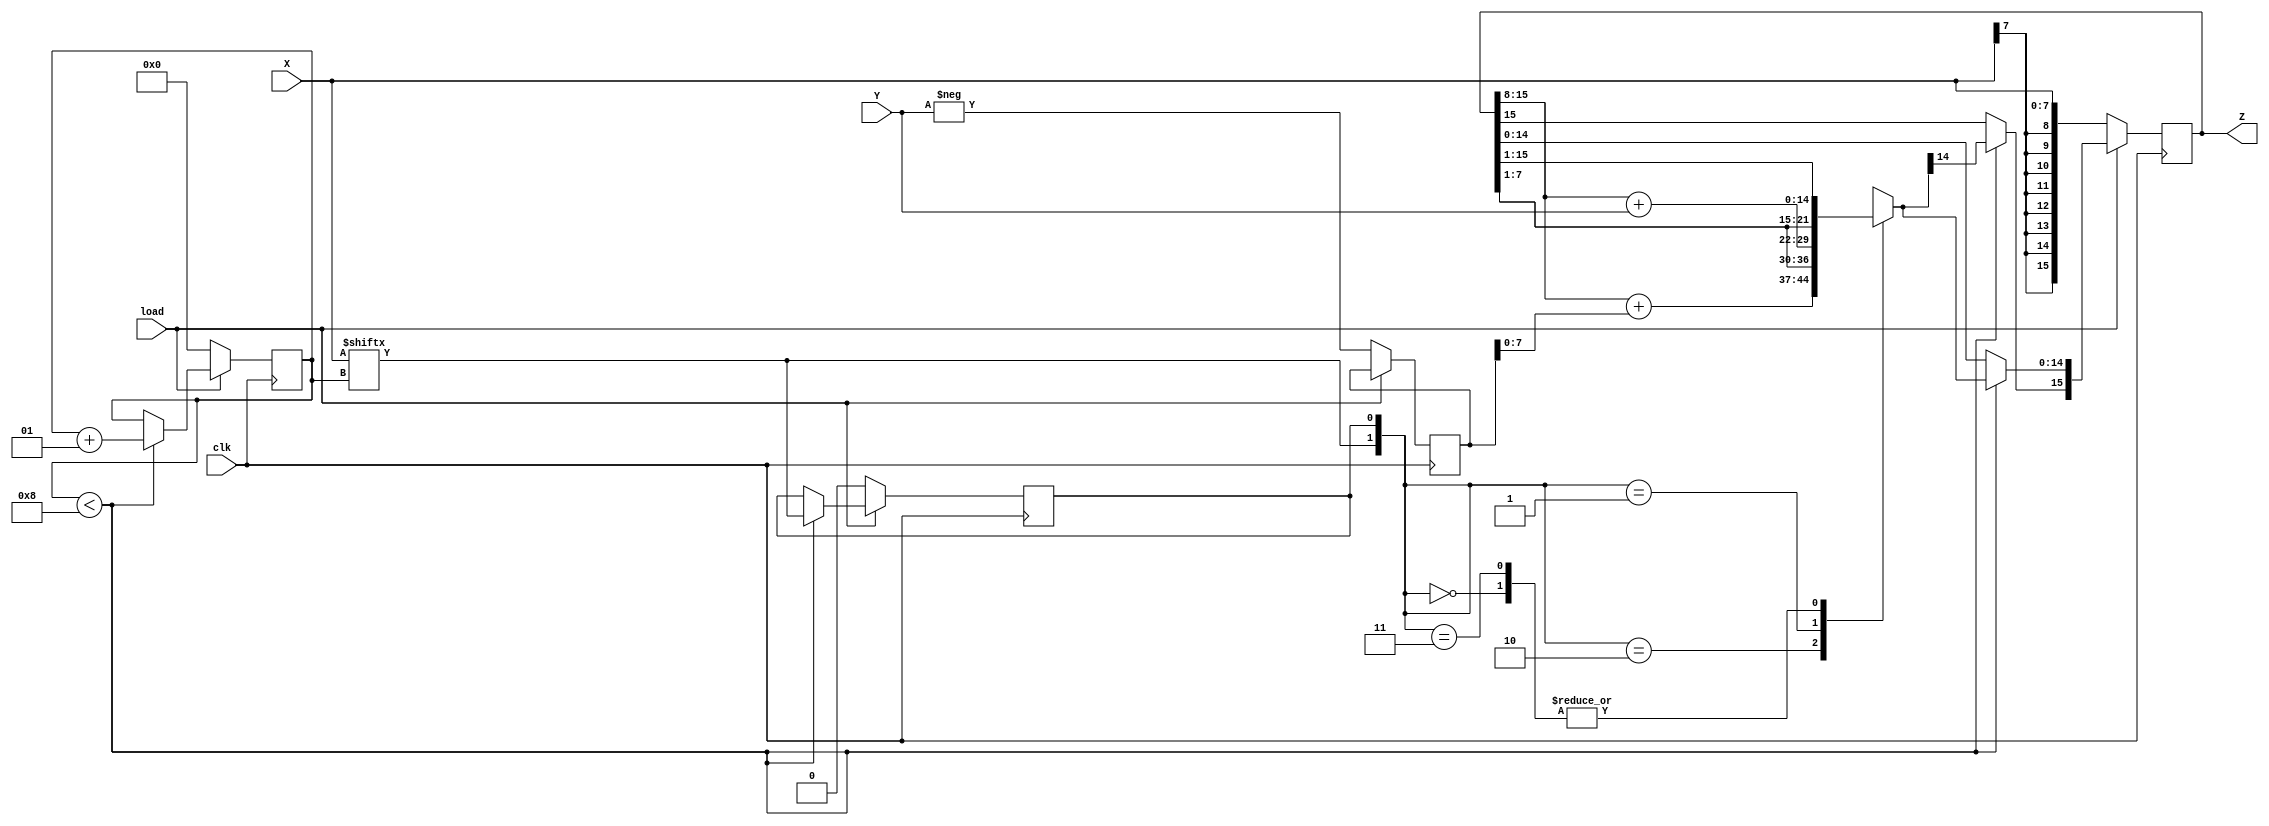
`timescale 1ns / 1ps
//////////////////////////////////////////////////////////////////////////////////////////////////
// assignment number = 6
// problem number 3 (Booth's Multiplier) 
// semester = 5
// group number = 56   
// Name: Sanyukta Deogade (19CS30016)
// Name: Akanksha Singh (19CS10007)
//////////////////////////////////////////////////////////////////////////////////////////////////

module booth_multiplier(
    input signed[7:0] X,
    input signed[7:0] Y,
	 input clk,
	 input load,
    output reg signed[15:0] Z
    );
	reg [1:0] temp;
	integer i;
	reg E1;
	reg [15:0] Y1;
	always @ (posedge clk) begin
		if(load==0)
				begin
				Z = 16'd0;
				E1 = 1'd0;
				Y1 = - Y;
				Z[15:0]=X;
				i <= 0;
				end
		else
			begin
				if(i<8)
				begin
					temp = {X[i], E1};
					case (temp)
						2'd2 : Z [14 : 0] = {Z [15 : 8] + Y1,Z[7:1]};
						2'd1 : Z [14 : 0] = {Z [15 : 8] + Y,Z[7:1]};
						2'd0 : Z [14 : 0] = {Z[15:1]};
						2'd3 : Z [14 : 0] = {Z[15:1]};
						default : begin end
					endcase
					Z[15] = Z[14];
					E1 = X[i];
					i <= i+1;
				end
			end

	end

endmodule